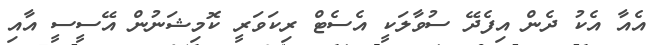
އެއާ އެކު ދެން އިފެދޭ ސުވާލަކީ އެސެޓް ރިކަވަރީ ކޮމިޝަނުން އޭސީސީ އާއި